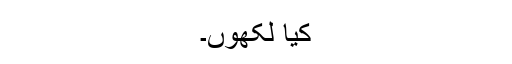
کیا لکھوں۔